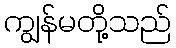
ကျွန်မတို့သည်